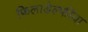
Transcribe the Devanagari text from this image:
फिलाडेल्फीया